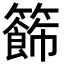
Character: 籂